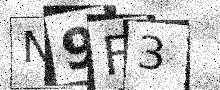
Text: N9F3